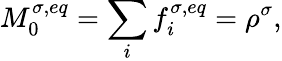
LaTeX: M_{0}^{\sigma,eq}=\sum_{i}f_{i}^{\sigma,eq}=\rho^{\sigma},